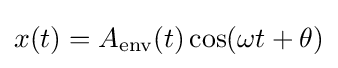
x(t)=A_{\text{env}}(t)\cos(\omega t+\theta )